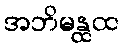
အဘိမန္ထထ